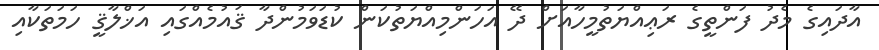
އާދައިގެ މެދު ފަންތީގެ ރަޢިއްޔަތުމީހާއަށް ދޭ އަހަންމިއްޔަތުކަން ކުޑަވަމުންދާ ޤައުމެއްގައި އަޚްލާޤީ ހަމަތަކާއި